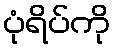
ပုံရိပ်ကို